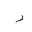
Letter: _ra